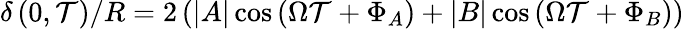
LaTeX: \delta\left(0,\mathcal{T}\right)/R=2\left(|A|\cos{\left(\Omega\mathcal{T}+\Phi_{A}\right)}+|B|\cos{\left(\Omega\mathcal{T}+\Phi_{B}\right)}\right)